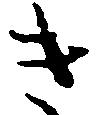
き